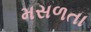
મસળતા